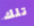
تلك